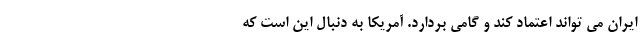
ایران می تواند اعتماد کند و گامی بردارد. آمریکا به دنبال این است که